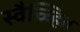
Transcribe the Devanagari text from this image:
स्वैच्च्हित